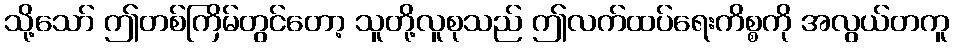
သို့သော် ဤတစ်ကြိမ်တွင်တော့ သူတို့လူစုသည် ဤလက်ထပ်ရေးကိစ္စကို အလွယ်တကူ